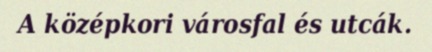
A középkori városfal és utcák.